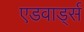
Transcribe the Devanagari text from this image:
एडवार्ड्स